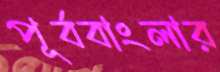
পূর্ববাংলার